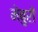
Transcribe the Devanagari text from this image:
मेबुरी